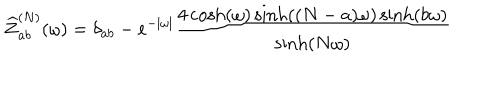
LaTeX: \widehat { Z } _ { a b } ^ { ( N ) } ( \omega ) = \delta _ { a b } - e ^ { - | \omega | } \frac { 4 \cosh ( \omega ) \sinh ( ( N - a ) \omega ) \sinh ( b \omega ) } { \sinh ( N \omega ) }